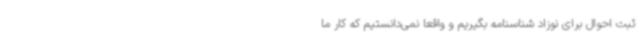
ثبت احوال برای نوزاد شناسنامه بگیریم و واقعا نمی‌دانستیم که کار ما